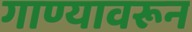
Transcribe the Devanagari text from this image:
गाण्यावरून